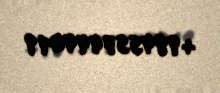
+994557444019